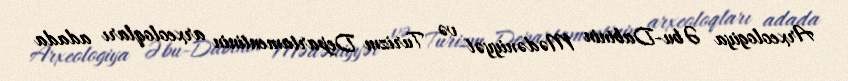
Arxeologiya Əbu-Dabinin Mədəniyyət və Turizm Departamentinin arxeoloqları adada